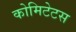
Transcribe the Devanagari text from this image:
कोमिटेटस